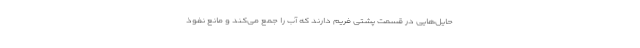
حایل‌هایی در قسمت پشتی فریم دارند که آب را جمع می‌کند و مانع نفوذ